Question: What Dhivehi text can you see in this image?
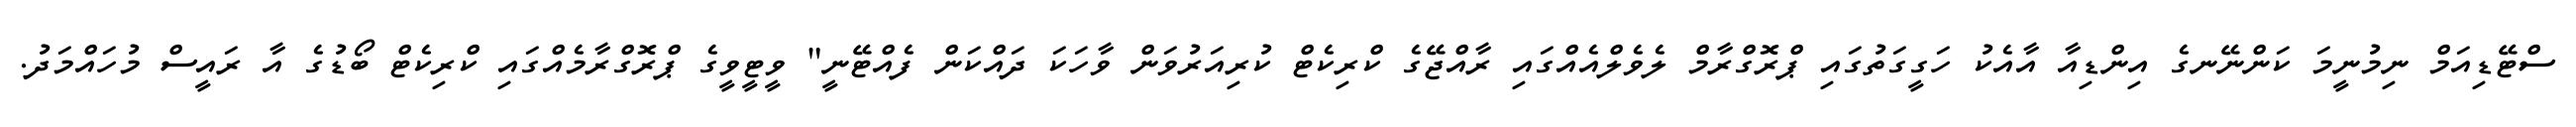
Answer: ސްޓޭޑިއަމް ނިމުނީމަ ކަންނޭނގެ އިންޑިއާ އާއެކު ހަގީގަތުގައި ޕްރޮގްރާމް ލެވެލްއެއްގައި ރާއްޖޭގެ ކްރިކެޓް ކުރިއަރުވަން ވާހަކަ ދައްކަން ފެއްޓޭނީ" ވީޓީވީގެ ޕްރޮގްރާމެއްގައި ކްރިކެޓް ބޯޑުގެ އާ ރައީސް މުހައްމަދު.